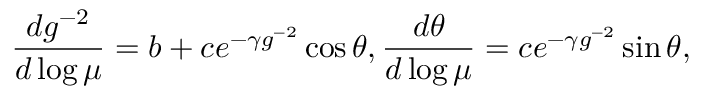
\frac { d g ^ { - 2 } } { d \log \mu } = b + c e ^ { - \gamma g ^ { - 2 } } \cos \theta , \frac { d \theta } { d \log \mu } = c e ^ { - \gamma g ^ { - 2 } } \sin \theta ,